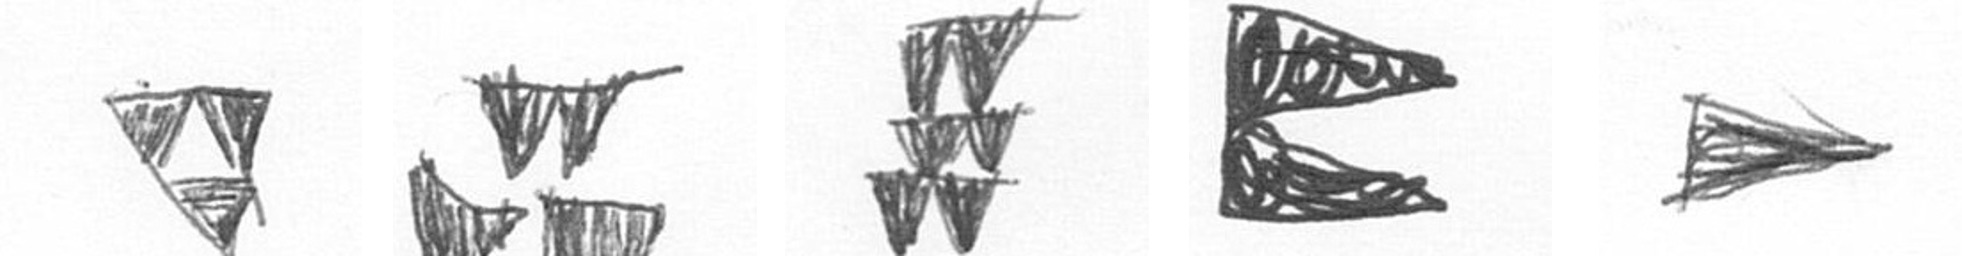
S B Y P T